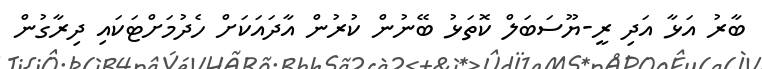
ބާރު އަޅާ އަދި ރީ-ޔޫސަބަލް ކޮތަޅު ބޭނުން ކުރުން އާދައަކަށް ހެދުމަށްޓަކައި ދިރާގުން